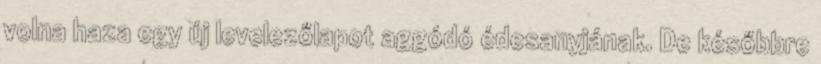
volna haza egy új levelezőlapot aggódó édesanyjának. De későbbre